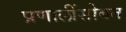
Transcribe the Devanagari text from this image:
प्रणालींसोबत